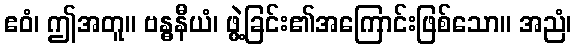
ဧဝံ၊ ဤအတူ။ ဗန္ဓနီယံ၊ ဖွဲ့ခြင်း၏အကြောင်းဖြစ်သော။ အညံ၊